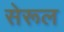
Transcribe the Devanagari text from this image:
सेरूल